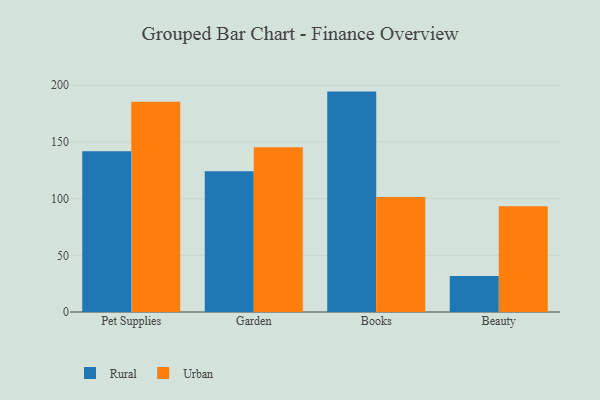
{"axis": {"x": "Category", "y": "Bounce Rate (%)"}, "legend": ["Rural", "Urban"], "data": [{"x": "Pet Supplies", "y": 141.7, "type": "Rural"}, {"x": "Pet Supplies", "y": 185.5, "type": "Urban"}, {"x": "Garden", "y": 124.1, "type": "Rural"}, {"x": "Garden", "y": 145.3, "type": "Urban"}, {"x": "Books", "y": 194.4, "type": "Rural"}, {"x": "Books", "y": 101.5, "type": "Urban"}, {"x": "Beauty", "y": 31.7, "type": "Rural"}, {"x": "Beauty", "y": 93.2, "type": "Urban"}]}